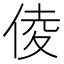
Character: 倰